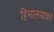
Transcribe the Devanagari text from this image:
हिमालयावर